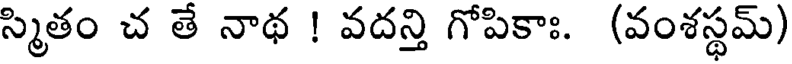
స్మితం చ తే నాథ ! వదన్తి గోపికాః. (వంశస్థమ్)